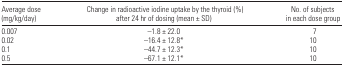
| Average dose (mg/kg/day) | Change in radioactive iodine uptake by the thyroid (%)after 24 hr of dosing (mean ± SD) | No. of subjects in each dose group |
 | --- | --- | --- |
 | 0.007 | −1.8 ± 22.0 | 7 |
 | 0.02 | −16.4 ± 12.8* | 10 |
 | 0.1 | −44.7 ± 12.3* | 10 |
 | 0.5 | −67.1 ± 12.1* | 10 |